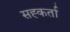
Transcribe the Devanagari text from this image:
सह्कर्ता